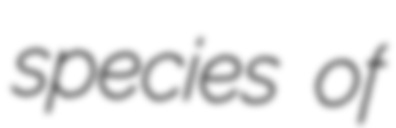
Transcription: species of